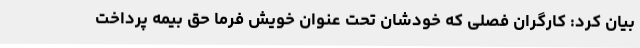
بیان کرد: کارگران فصلی که خودشان تحت عنوان خویش فرما حق بیمه پرداخت